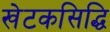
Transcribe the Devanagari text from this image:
खेटकसिद्धि